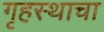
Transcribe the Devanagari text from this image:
गृहस्थाचा